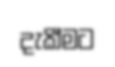
දැකී්මට